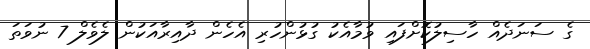
ގެ ސަނަދެއް ހާސިލުކޮށްފައި ވުމާއެކު ގުޅުންހުރި އެހެން ދާއިރާއަކުން ލެވެލް 7 ނުވަތަ